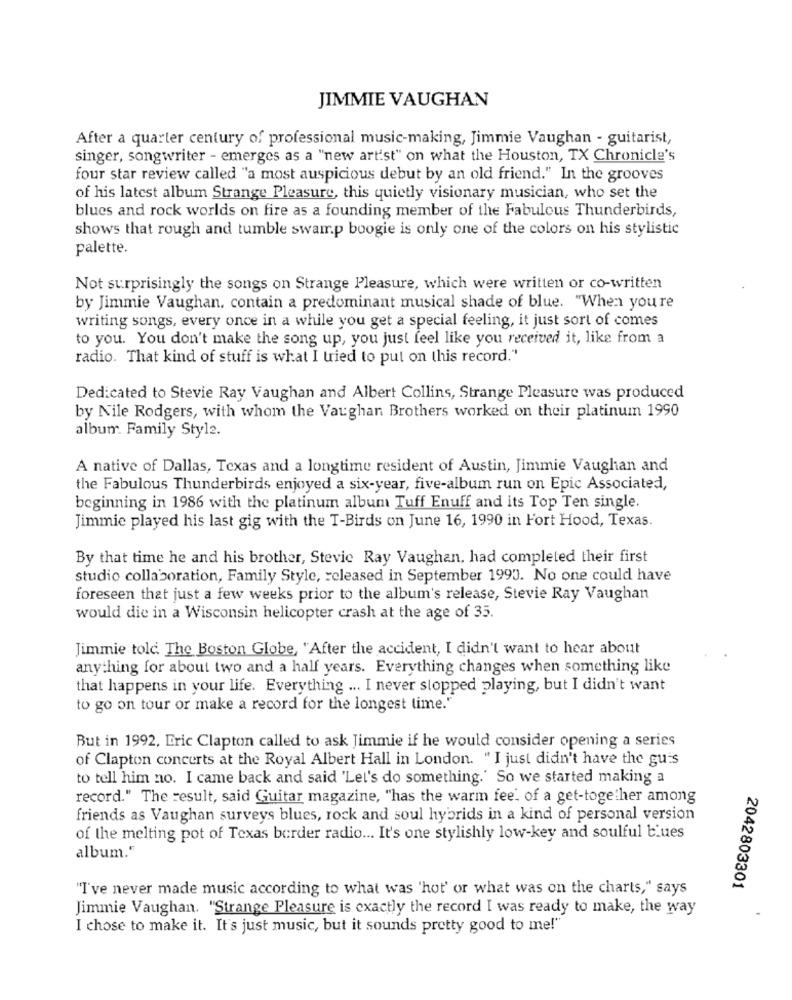
JIMMIE VAUGHAN
After a quarter century of professional music-making, Jimmie Vaughan - guitarist,
singer, songwriter - emerges as a "new artist" on what the Houston, TX Chronicle's
four star review called "a most auspicious debut by an old friend." In the grooves
of his latest album Strange Pleasure, this quietly visionary musician, who set the
blues and rock worlds on fire as a founding member of the Fabulous Thunderbirds,
shows that rough and tumble swamp boogie is only one of the colors on his stylistic
palette.
Not surprisingly the songs on Strange Pleasure, which were written or co-written
by Jimmie Vaughan. contain a predominant musical shade of blue. "When you re
writing songs, every once in a while you get a special feeling, it just sort of comes
to you. You don't make the song up, you just feel like you received it, like from a
radio. That kind of stuff is what I tried to put on this record."
Dedicated to Stevie Ray Vaughan and Albert Collins, Strange Pleasure was produced
by Nile Rodgers, with whom the Vaughan Brothers worked on their platinum 1990
album. Family Style.
A native of Dallas, Texas and a longtime resident of Austin, Jimmie Vaughan and
the Fabulous Thunderbirds enjoyed a six-year, five-album run on Epic Associated,
beginning in 1986 with the platinum album Tuff Enuff and its Top Ten single.
Jimmie played his last gig with the T-Birds on June 16, 1990 in Fort Hood, Texas.
By that time he and his brother, Stevie Ray Vaughan, had completed their first
studio collaboration, Family Style, released in September 1993. No one could have
foreseen that just a few weeks prior to the album's release, Stevie Ray Vaughan
would die in a Wisconsin helicopter crash at the age of 35.
Jimmie told. The Boston Globe, "After the accident, I didn't want to hear about
anything for about two and a half years. Everything changes when something like
that happens in your life. Everything ... I never stopped playing, but I didn't want
to go on tour or make a record for the longest time."
But in 1992. Eric Clapton called to ask Jimmie if he would consider opening a series
of Clapton concerts at the Royal Albert Hall in London. "I just didn't have the guis
to tell him no. I came back and said 'Let's do something.' So we started making a
record." The result, said Guitar magazine, "has the warm fee' of a get-together among
friends as Vaughan surveys blues, rock and soul hybrids in a kind of personal version
of the melting pot of Texas border radio ... It's one stylishly low-key and soulful blues
album.“
"I've never made music according to what was 'hot' or what was on the charts," says
2042803301
Jimmie Vaughan. "Strange Pleasure is exactly the record I was ready to make, the way
I chose to make it. It's just music, but it sounds pretty good to me!"